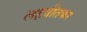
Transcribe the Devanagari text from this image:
लहवीतकर